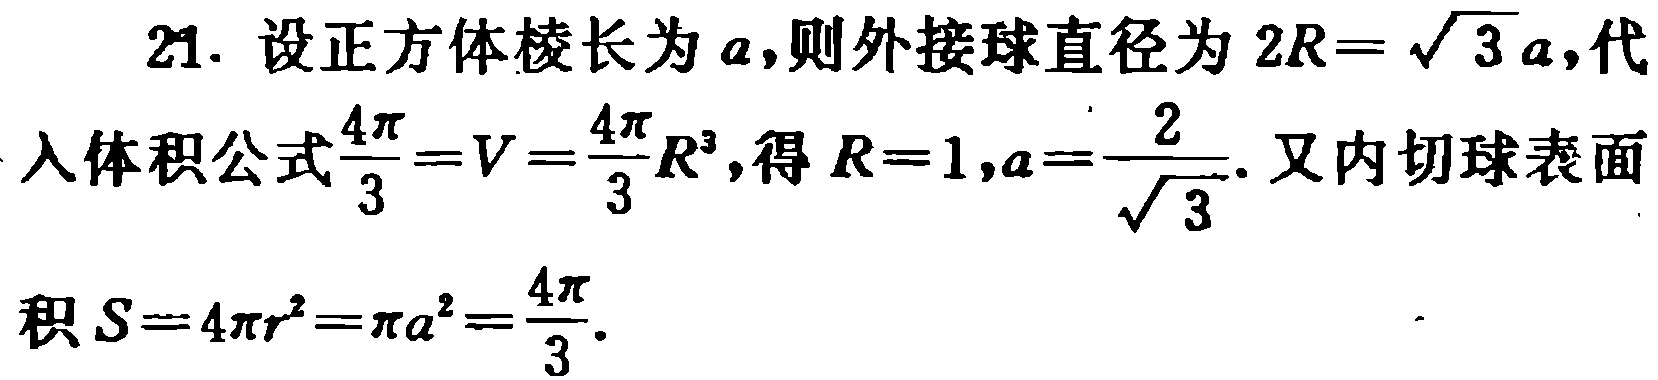
21. 设正方体棱长为\(a\)，则外接球直径为\(2R = \sqrt{3}a\)，代入体积公式\(\frac{4\pi}{3}=V=\frac{4\pi}{3}R^{3}\)，得\(R = 1\)，\(a = \frac{2}{\sqrt{3}}\)。又内切球表面积\(S = 4\pi r^{2}=\pi a^{2}=\frac{4\pi}{3}\)。